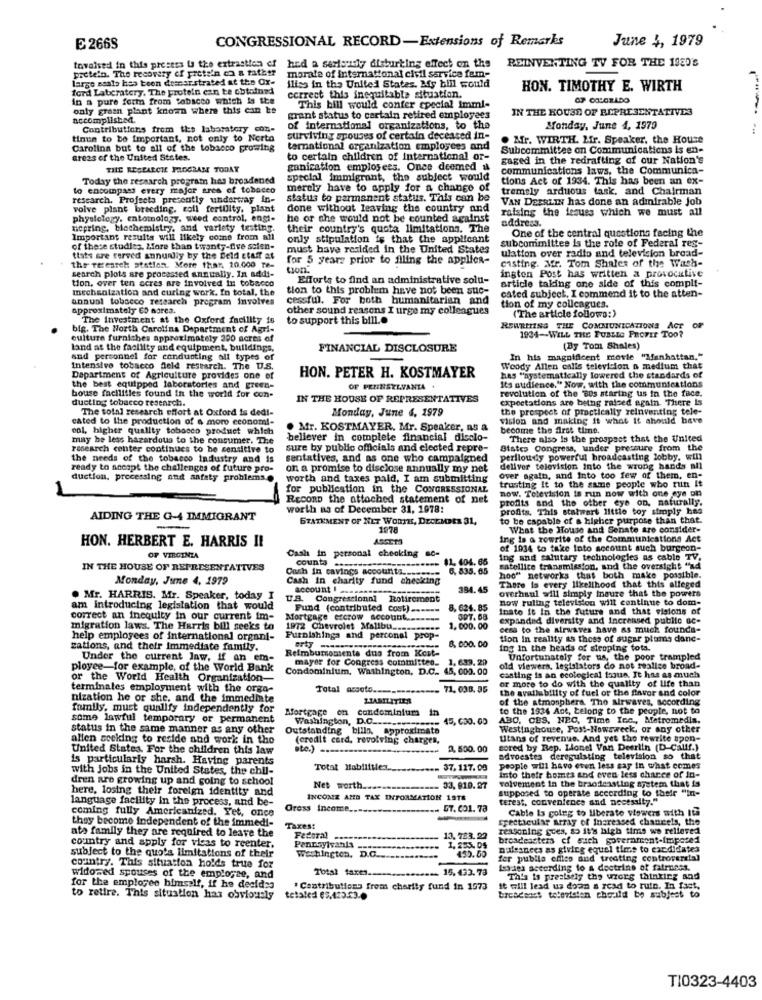
CONGRESSIONAL RECORD-Extensions of Remarks
June 4, 1979
E 2668
tovaled in this prestes Us the extraction of hed a seriously disturbing effect on
protein. The recovery of prets'n co a rather
hed a seriously disturbing effect on the
REINVENTING TV FOR THE 1920's
large ssats has been descarstrated at the Ox-
morale of international civil service fem-
ford Laberatery, The protein can be obtained
ilies in the United States. My bill would
HON. TIMOTHY E. WIRTH
in a pure form from Sobacco which is the
correct this inequitable situation.
only graan plant known where this can be
This bill would confer cpecial immi-
IN THE HOUSE OF REPRESENTATIVES
Accomplished.
grant status to cartain retired employees
Contributions from the laboratory con-
of international organizations, to the
Monday, June 4, 1979
tinun to be Important, not only to Norta
surviving spouses of certain deceased in-
. Mr. WIRTH. Lir. Speaker, the House
Carolina but to all of the tobacco growing
ternational organization employees and
Subcommittee on Communications is en-
areas of the United States.
to certain children of international or-
gaged in the redrafting of our Nation's
THE RESEARCHE PROGRAM TODAY
ganization employees. Once deemed al
communications laws, the Communica-
Today the research program has broadened
special immigrant, the subject would
tions Act of 1934. This has been an ex-
to encompass every major ares of tobacco
merely have to apply for a change of
tremely arduous task, and Chairman
research. Projects presently underway in-
status to parmanent status. This can be
VAN DEERLIN has done an admirable Job
volve plant breeding, coll fertility, plant
done without leaving the country and
raising the issues which we must all
physiology. entornolazy. weed control, engt-
he or she would not be counted against
address.
nepring, biochemistry, and variety testing.
their country's quota limitations. The
One of the central questions facing the
Important results will likely come from all
only stipulation is that the applicant
of these studies. More than twenty-five scien-
must have resided in the United States
ulation over radio and television bread-
subcommittee is the role of Federal res-
thats are served annunfly by the Beld staff at
for 5 years prior to filing the applica-
casting. Mr. Tom Shales of the Wash-
the research station. More than 20.000 Th=
search plots are processed annually. In addi-
ington Post has written a provocative
Efforts to find an administrative solu-
article taking one side of this compli-
tion, over ten acres are involved in tobacco
mechanization and curing work. In total, the
tion to this problem have not been suc-
cated subject. I commend it to the atten-
annual tobacco research program involves
cessful. For both humanitarian and
approximately 60 morea.
other sound reasons I urge my colleagues
tion of my colleagues.
(The article follows:)
The investment at the Oxford facility is
to support this bill ..
big. The North Carolina Department of Agri-
REWRITING THE COMMUNICATIONS ACT
culture furniches approximately 200 acres of
1934-WILL THE PUBLIC PROFIT TOO?
land at the facility and equipment, buildings,
FINANCIAL DISCLOSURE
(By Tom Shales)
sud personnel for conducting all types of
In his magnificent movie "Manhattan,"
Intensive tobacco field research. The U.S.
Woody Allen calls television a medium that
Department of Agriculture provides one of
HON. PETER H. KOSTMAYER
has "systematically lowered the standards of
the best equipped laboratories and green-
house facilities found in the world for con-
OF PENNSYLVANIA
Its audience." Now, with the communications
revolution of the 80s staring us in the face.
ducting tobacco research.
IN THE HOUSE OF REPRESENTATIVES
expectations are being raised again. There is
The total research effort at Oxford is dedi-
the prospect of practically reinventing tele-
cated to the production of a moro econom !-
Monday, June 6, 1979
vision and making it what It should have
col, higher quality tobacco product which
. Mr. KOSTMAYER, Mr. Speaker, as a
become the first time.
may be less hazardous to the consumer. The
believer in complete financial disclo-
There also is the prospect that the United
research center continues to be sensitive to
sure by public officials and elected repre-
States Congress, under pressure from the
the needs of the tobacco industry and is
sentatives, and as one who campaigned
perlloudly powerful broadcasting lobby, win
ready to socapt the challenges of future pro-
on a promise to disclose annually my net
dellvor television into the wrong hands all
duction, processing and safety problems
worth and taxes paid, I am submitting
Over again, and Into too few of them, en-
trusting It to the same people who run It
for publication in the CONGRESSIONAL
now. Television is run now with one eye on
Recono the attached statement of net
profits and the other eye on, naturally.
worth as of December 31, 1978:
profits. This stalwart little toy simply has
AIDING THE G-4 IMMIGRANT
STATEMENT OF NET WORK, DECEMBER 31,
to be capable of a higher purpose than that.
1978
What the House and Senate are consider-
HON. HERBERT E. HARRIS II
ASST.13
ing is a rowrite of the Communications Act
Cash in personal checking sc-
of 1034 to take Into account auch burgeon-
OF VIRGINIA
counts --
11. 404. 65
ing and salutary technologies as cable T
IN THE HOUSE OF REPRESENTATIVES
Cash In cavings accounts ..
6, 835. 65
satellite transmission, and the oversight "xd
Monday, June 4, 1979
Cash in charity fund checking
hoo" networks that both make possible.
account I
384.45
overhaul will simply insure that the powers
There is every likelihood that this alleged
. Mr. HARRIS. Mr. Speaker, today I
U.S. Congressional Rotirement
now ruling television will continue to dom-
am introducing legislation that would
Fund (contributed cost) ..----
8,624.85
Inate it In the future and that visions of
correct an inequity in our current im-
Mortgage escrow account
397. 68
expanded diversity and Increased public ac-
migration laws. The Harris bill seeks to
1972 Chevrolet Malibu ..
1.000.00
cesa to the airwaves have as much founda-
help employees of international organi-
Furnishings and perconel prop-
8,000.00
tion In reality as those of sugar plums danc-
zations, and their immediate family.
Reimburoniente dus from Kost-
ing in the heads of siroping tota.
Under the current law, if an em-
mayer for Congress comomittes. 1, 633.29
Unfortunately for us, the poor trampled
ployee-for example, of the World Bank
Condominium, Washington, D.C .. 45, 000. 00
old viewers, legislators do not realize broad-
or the World Health Organization-
casting is an ecological fooun. It has as much
or more to do with the quality of life than
terminales employment with the orga-
Total assoto .......
71. 038. 36
the availability of fuel or the flavor and color
nization he or she, and the immediate
of the atmosphera. Tho airwaves, according
family, must qualify independently for
Mortgage on condominiums
to the 1934 Ane, Lelong to the people, not to
some lawful temporary or permanent
Washington, D.C ...
=== 45, 630. 05
ABC, CBS. NEC, Time Inc ., Metromedia.
status in the same manner as any other
Outstanding bills, approximate
Westinghouse, Post-Nowsweck, or any other
allen seeking to reside and work in the
(credit card, revolving charges,
Uitans of revenue. And yet tho rewrite spon-
United States. For the children this law
ste.) -.
2, 500.00
sored by Rep. Lionel Van Deerlin (D-Calif.)
is particularly harsh. Having parents
advoestes deregulating television so that
with Jobs in the United States, the chll-
Total Habilitlez.
-
37.117.00
people will havo even less say in what comes
dren are growing up and going to school
volvement in the brandfeasting system that is
into their homes and even less chance of in-
here, losing their foreign identity and
Net worth ...
.. 33, 810. 27
supposed to operate according to their "in-
language facility in the process, and be-
INCOME AND TAX INFORMATION 19TS
terest, convenience and necessity."
coming fully Americanized. Yet, once
Gross Income.
.- GT. 001. 78
Fretticular array of Increased chancels, the
Cable Is going to liberate viewers with It
they become independent of the immedi-
ato family they are required to leave the
Taxes:
textoning goes, so it's high tims we relieved
Federal
13,723.22
brosdeasters ef auch soverarent-imposed
comtry and apply for vleas to reenter.
Pennsylvania
1, 255.05
palsances as giving equal time to candidates
subject to the quo's limitations of their
washington.
D.C.
D.C ...........
fer publie eflies and treating controversial
country. This situation holds true for
Total taxes ..
- 15. 433.73
Issues according to a doctrine of fairness.
widowed spouses of the employee, and
This is precisely the wzorg thinking and
for the employee himself, if he decides
" Contributions frems charity fund in 1973
it will lead us doan a road to ruin. In fact.
to retire. This situation has obviously
tetaled (2,423.23.0
breadsacs teteristen che.ild be subject to
T10323-4403